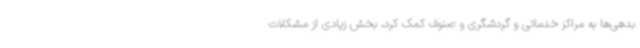
بدهی‌ها به مراکز خدماتی و گردشگری و صنوف کمک کرد، بخش زیادی از مشکلات